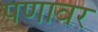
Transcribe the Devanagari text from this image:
पणावर